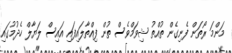
މަންމަ ރޯތަން ފެނިގެން ތުއްތު ޝިވަމްވެސް ތުން ފިއްތާލައިފައި އައިސް ލަޔާލް ހެދުމުގައި